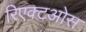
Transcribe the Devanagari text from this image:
रिएक्टओस